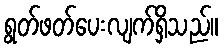
ရွတ်ဖတ်ပေးလျက်ရှိသည်။